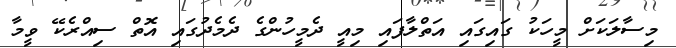
މިސާލަކަށް މީހަކު ގައިގައި އަތްލާފައި މިއީ ދެމީހުންގެ ދެމެދުގައި އޮތް ސިއްރެކޭ ވީމާ